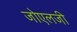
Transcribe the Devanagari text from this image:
जोएलजी